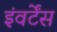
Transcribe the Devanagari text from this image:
इंवर्टेंस